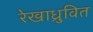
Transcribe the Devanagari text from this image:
रेखाध्रुवित